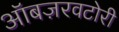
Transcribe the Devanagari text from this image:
ऑबज़रवटोरी